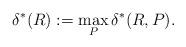
LaTeX: \begin{align*}\delta^*(R):=\max_P \delta^*(R,P).\end{align*}